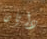
دايان